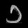
Digit: ၁